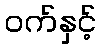
ဝက်နှင့်